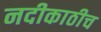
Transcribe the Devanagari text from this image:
नदीकाठीच